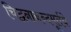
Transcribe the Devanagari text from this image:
चिद्घनानन्दमूर्तये